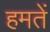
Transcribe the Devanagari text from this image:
हमतें